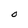
Character: O